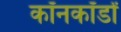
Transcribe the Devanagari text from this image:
कॉनकॉर्डों